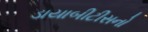
ડાયાબીટીસનો